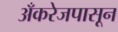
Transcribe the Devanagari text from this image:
अँकरेजपासून